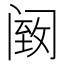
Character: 𫔵